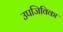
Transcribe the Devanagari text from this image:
उपजिविका